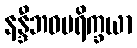
နန္ဒီဘဝပရိက္ခယာ